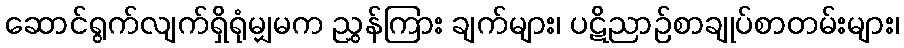
ဆောင်ရွက်လျက်ရှိရုံမျှမက ညွှန်ကြား ချက်များ၊ ပဋိညာဉ်စာချုပ်စာတမ်းများ၊